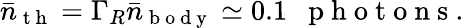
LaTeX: \bar{n}_{\mathrm{~t~h~}}=\Gamma_{R}\bar{n}_{\mathrm{~b~o~d~y~}}\simeq 0.1\mathrm{~~~p~h~o~t~o~n~s~.~}